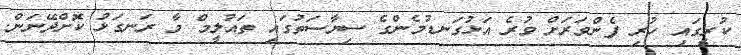
ކުރީގައި ހުރި ފެންވަރަށް ވުރެ އަޅުގަނޑުމެންގެ ސިޔާސަތުގައި ތައުލީމް މާ ރަނގަޅު ކޮށްދޭނަން.